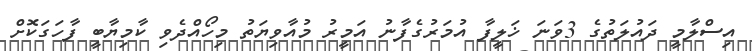
އިސްލާމީ ދައުލަތުގެ 3ވަނަ ޚަލީފާ އުމަރުގެފާނު އަމީރު މުއާވިޔަތު މިހޯއްދެވި ކާމިޔާބީ ފާހަގަކޮށް